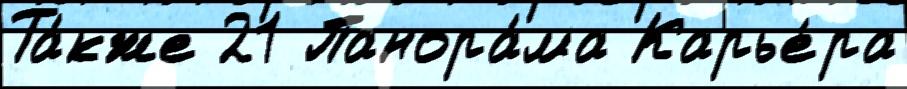
Та́кже 21 Панора́ма Карье́ра